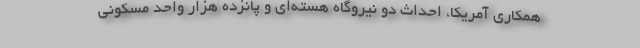
همکاری آمریکا، احداث دو نیروگاه هسته‌ای و پانزده هزار واحد مسکونی